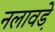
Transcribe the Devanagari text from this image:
नलावडे़